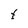
Character: t